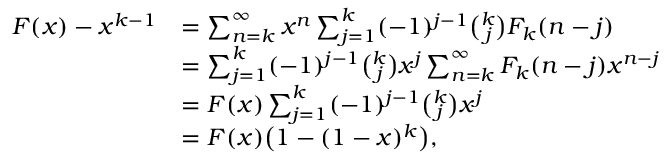
\begin{array} { r l } { F ( x ) - x ^ { k - 1 } } & { = \sum _ { n = k } ^ { \infty } x ^ { n } \sum _ { j = 1 } ^ { k } ( - 1 ) ^ { j - 1 } \binom { k } { j } F _ { k } ( n - j ) } \\ & { = \sum _ { j = 1 } ^ { k } ( - 1 ) ^ { j - 1 } \binom { k } { j } x ^ { j } \sum _ { n = k } ^ { \infty } F _ { k } ( n - j ) x ^ { n - j } } \\ & { = F ( x ) \sum _ { j = 1 } ^ { k } ( - 1 ) ^ { j - 1 } \binom { k } { j } x ^ { j } } \\ & { = F ( x ) \big ( 1 - ( 1 - x ) ^ { k } \big ) , } \end{array}